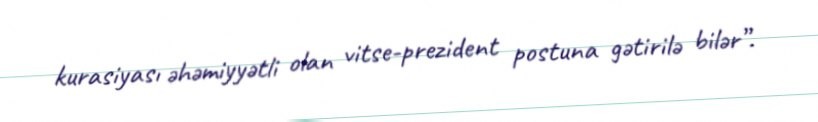
kurasiyası əhəmiyyətli olan vitse-prezident postuna gətirilə bilər”.